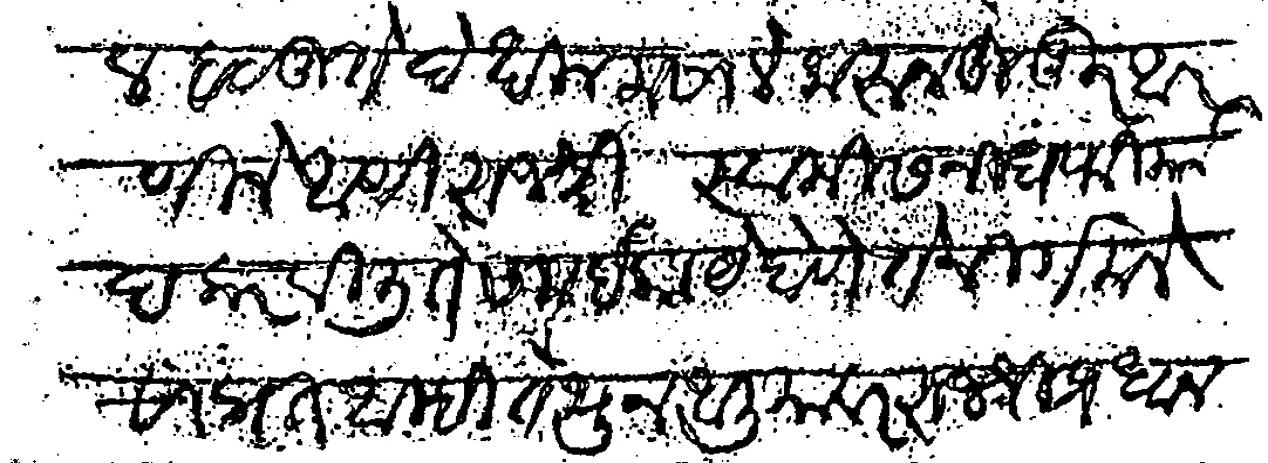
Transliteration (Devanagari): कूल बळीते देखील मसाले करून हुजुर आणीले आणि राजश्री स्वामीसनीध फिर्याद करवीली ते समई काय होणे ते निर्गमले सांप्रत आम्ही तेथून आलीयावर राजश्री प्रधानपंताची